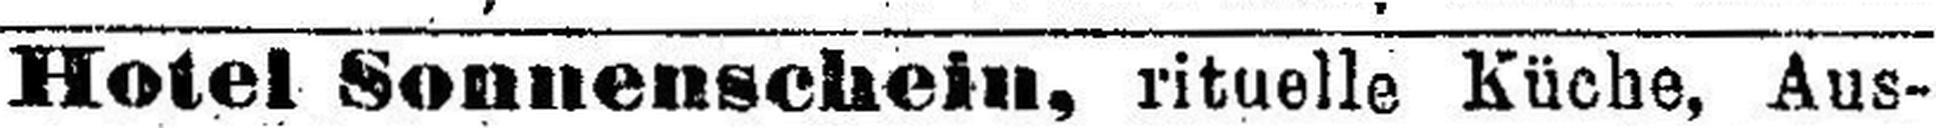
Hotel Sonnenschein, rituelle Küche, Aus¬